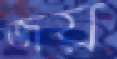
জয়